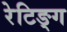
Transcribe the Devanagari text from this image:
रेटिङ्ग